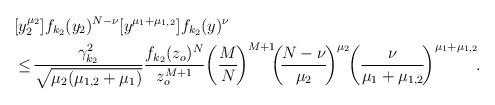
LaTeX: \begin{align*}\begin{aligned}&[y_2^{\mu_2}] f_{k_2}(y_2)^{N-\nu} [y^{\mu_1+\mu_{1,2}}]f_{k_2}(y)^{\nu}\\&\le\! \frac{\gamma_{k_2}^2}{\sqrt{\mu_2(\mu_{1,2}+\mu_1)}}\frac{f_{k_2}(z_o)^N}{z_o^{M+1}}\!\left(\frac{M}{N}\!\right)^{M+1}\!\!\!\left(\!\frac{N-\nu}{\mu_2}\!\right)^{\mu_2}\!\!\left(\frac{\nu}{\mu_1+\mu_{1,2}}\!\right)^{\mu_1+\mu_{1,2}}\!\!.\end{aligned}\end{align*}